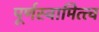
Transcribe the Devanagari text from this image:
पूर्णस्वामित्त्व